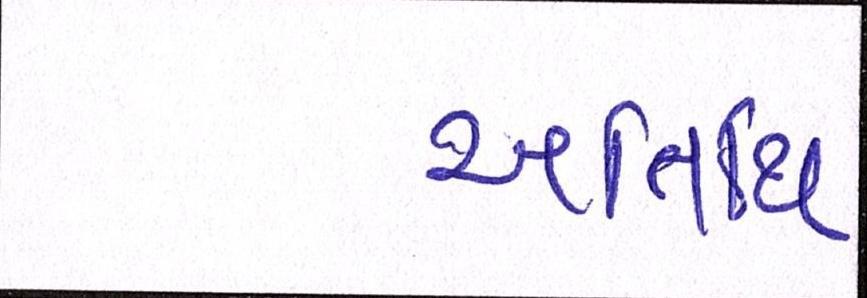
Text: અતિથિ